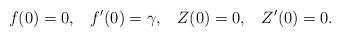
LaTeX: \begin{align*}f(0) = 0, \; \; \; f'(0) = \gamma, \; \; \; Z(0) = 0, \; \; \; Z'(0) = 0.\end{align*}